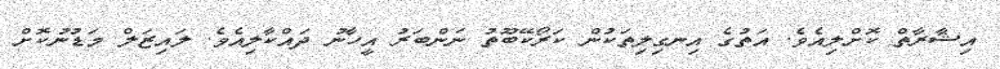
އިޝާރާތް ކޮށްލިއެވެ. އަތުގެ އިނގިލިތަކުން ކަރޯކޭބޫތު ނަންބަރު އީހާނު ދައްކާލިއެވެ. ލައިޒަލް މަޑުނުކޮށް